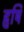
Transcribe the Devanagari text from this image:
हृषि